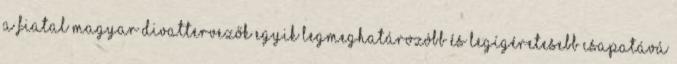
a fiatal magyar divattervezők egyik legmeghatározóbb és legígéretesebb csapatává